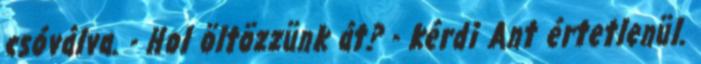
csóválva. - Hol öltözzünk át? - kérdi Ant értetlenül.